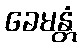
ခေမန္တံ